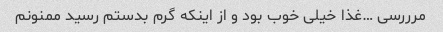
مرررسی …غذا خیلی خوب بود و از اینکه گرم بدستم رسید ممنونم